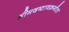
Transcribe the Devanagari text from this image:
श्रीमदष्टावक्रगीता